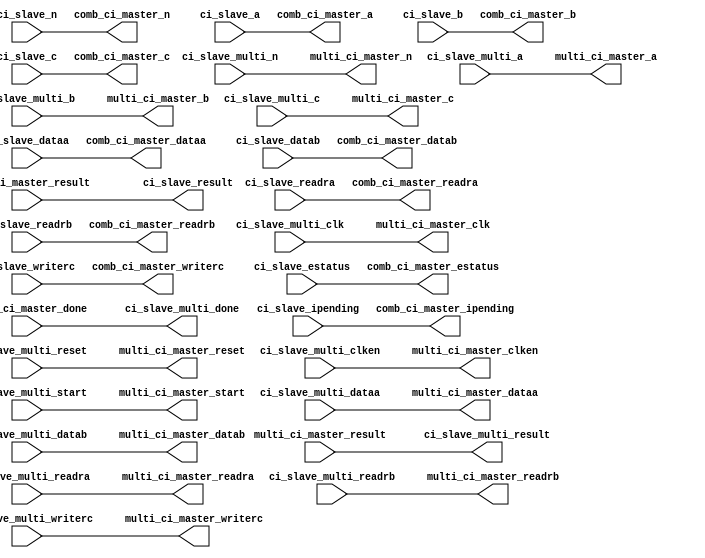
module altera_customins_master_translator 
#(
    parameter SHARED_COMB_AND_MULTI = 0
)
(
    input  wire [31:0] ci_slave_dataa,          
    input  wire [31:0] ci_slave_datab,          
    output wire [31:0] ci_slave_result,         
    input  wire [7:0]  ci_slave_n,              
    input  wire        ci_slave_readra,         
    input  wire        ci_slave_readrb,         
    input  wire        ci_slave_writerc,        
    input  wire [4:0]  ci_slave_a,              
    input  wire [4:0]  ci_slave_b,              
    input  wire [4:0]  ci_slave_c,              
    input  wire [31:0] ci_slave_ipending,       
    input  wire        ci_slave_estatus,        
    input  wire        ci_slave_multi_clk,      
    input  wire        ci_slave_multi_reset,    
    input  wire        ci_slave_multi_clken,    
    input  wire        ci_slave_multi_start,    
    output wire        ci_slave_multi_done,     
    input  wire [31:0] ci_slave_multi_dataa,    
    input  wire [31:0] ci_slave_multi_datab,    
    output wire [31:0] ci_slave_multi_result,   
    input  wire [7:0]  ci_slave_multi_n,        
    input  wire        ci_slave_multi_readra,   
    input  wire        ci_slave_multi_readrb,   
    input  wire        ci_slave_multi_writerc,  
    input  wire [4:0]  ci_slave_multi_a,        
    input  wire [4:0]  ci_slave_multi_b,        
    input  wire [4:0]  ci_slave_multi_c,        
    output wire [31:0] comb_ci_master_dataa,    
    output wire [31:0] comb_ci_master_datab,    
    input  wire [31:0] comb_ci_master_result,   
    output wire [7:0]  comb_ci_master_n,        
    output wire        comb_ci_master_readra,   
    output wire        comb_ci_master_readrb,   
    output wire        comb_ci_master_writerc,  
    output wire [4:0]  comb_ci_master_a,        
    output wire [4:0]  comb_ci_master_b,        
    output wire [4:0]  comb_ci_master_c,        
    output wire [31:0] comb_ci_master_ipending, 
    output wire        comb_ci_master_estatus,  
    output wire        multi_ci_master_clk,     
    output wire        multi_ci_master_reset,   
    output wire        multi_ci_master_clken,   
    output wire        multi_ci_master_start,   
    input  wire        multi_ci_master_done,    
    output wire [31:0] multi_ci_master_dataa,   
    output wire [31:0] multi_ci_master_datab,   
    input  wire [31:0] multi_ci_master_result,  
    output wire [7:0]  multi_ci_master_n,       
    output wire        multi_ci_master_readra,  
    output wire        multi_ci_master_readrb,  
    output wire        multi_ci_master_writerc, 
    output wire [4:0]  multi_ci_master_a,       
    output wire [4:0]  multi_ci_master_b,       
    output wire [4:0]  multi_ci_master_c        
	);
    assign comb_ci_master_dataa   = ci_slave_dataa;
    assign comb_ci_master_datab   = ci_slave_datab;
    assign comb_ci_master_n       = ci_slave_n;
    assign comb_ci_master_a       = ci_slave_a;
    assign comb_ci_master_b       = ci_slave_b;
    assign comb_ci_master_c       = ci_slave_c;
    assign comb_ci_master_readra  = ci_slave_readra;
    assign comb_ci_master_readrb  = ci_slave_readrb;
    assign comb_ci_master_writerc = ci_slave_writerc;
    assign comb_ci_master_ipending = ci_slave_ipending;
    assign comb_ci_master_estatus  = ci_slave_estatus;
    assign multi_ci_master_clk   = ci_slave_multi_clk;
    assign multi_ci_master_reset = ci_slave_multi_reset;
    assign multi_ci_master_clken = ci_slave_multi_clken;
    assign multi_ci_master_start = ci_slave_multi_start;
    assign ci_slave_multi_done   = multi_ci_master_done;
    generate if (SHARED_COMB_AND_MULTI == 0) begin
        assign multi_ci_master_dataa   = ci_slave_multi_dataa;
        assign multi_ci_master_datab   = ci_slave_multi_datab;
        assign multi_ci_master_n       = ci_slave_multi_n;
        assign multi_ci_master_a       = ci_slave_multi_a;
        assign multi_ci_master_b       = ci_slave_multi_b;
        assign multi_ci_master_c       = ci_slave_multi_c;
        assign multi_ci_master_readra  = ci_slave_multi_readra;
        assign multi_ci_master_readrb  = ci_slave_multi_readrb;
        assign multi_ci_master_writerc = ci_slave_multi_writerc;
        assign ci_slave_result         = comb_ci_master_result;
        assign ci_slave_multi_result   = multi_ci_master_result;
    end else begin
	    assign multi_ci_master_dataa   = ci_slave_dataa;
	    assign multi_ci_master_datab   = ci_slave_datab;
        assign multi_ci_master_n       = ci_slave_n;
        assign multi_ci_master_a       = ci_slave_a;
        assign multi_ci_master_b       = ci_slave_b;
        assign multi_ci_master_c       = ci_slave_c;
        assign multi_ci_master_readra  = ci_slave_readra;
        assign multi_ci_master_readrb  = ci_slave_readrb;
        assign multi_ci_master_writerc = ci_slave_writerc;
        assign ci_slave_result = ci_slave_multi_done ? multi_ci_master_result :
                                    comb_ci_master_result;
    end
    endgenerate
endmodule